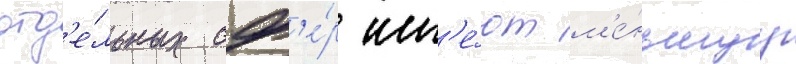
отд'е́льных сф'е́р им'е́ют м'е́ньшуу